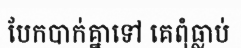
បែកបាក់គ្នាទៅ គេពុំធ្លាប់